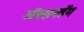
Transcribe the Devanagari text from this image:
ऑक्झनहॅम